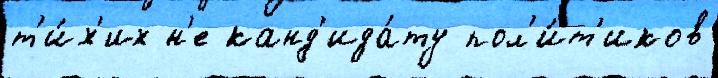
т'и́х'их н'е канд'ида́ту пол'и́т'иков